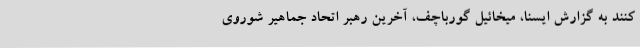
کنند به گزارش ایسنا، میخائیل گورباچف، آخرین رهبر اتحاد جماهیر شوروی